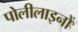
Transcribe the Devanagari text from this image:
पोलीलाइनों